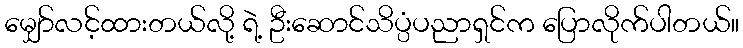
မျှော်လင့်ထားတယ်လို့ ရဲ့ ဦးဆောင်သိပ္ပံပညာရှင်က ပြောလိုက်ပါတယ်။